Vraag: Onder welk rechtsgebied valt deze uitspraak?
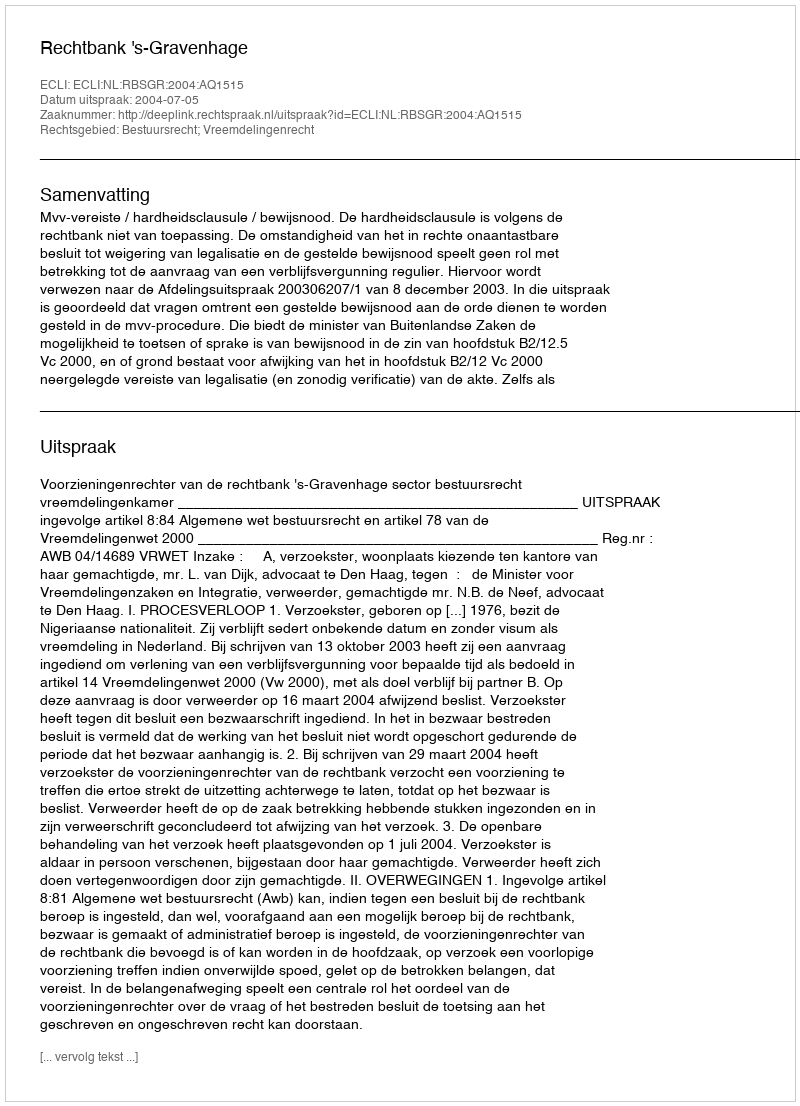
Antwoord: Bestuursrecht; Vreemdelingenrecht